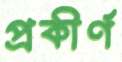
প্রকীর্ণ